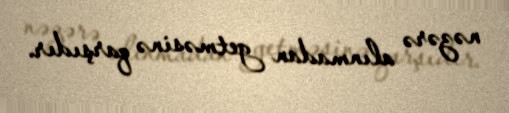
nəzərə alınmadan getməsinə qarşıdır.